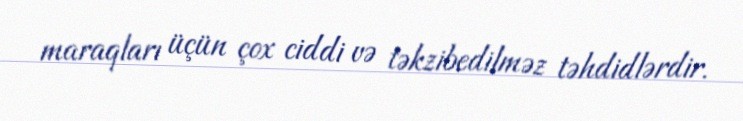
maraqları üçün çox ciddi və təkzibedilməz təhdidlərdir.